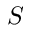
S